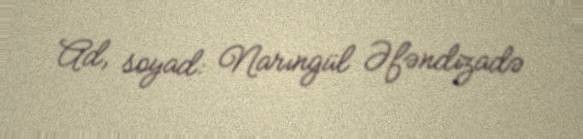
Ad, soyad: Narıngül Əfəndizadə